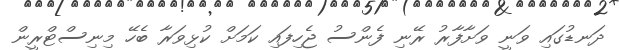
ދަނޑުގައި ވަނީ ވަށާފާރު ރޭނި ފެންސު ޖެހިފައި ކަމަށް ކުޅިވަރާ ބެހޭ މިނިސްޓްރީން